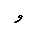
Letter: _waw